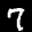
Label: 7